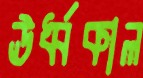
ঊর্ধ্বকাল